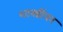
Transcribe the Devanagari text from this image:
शास्त्रींवर